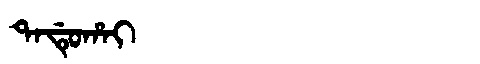
Manchu: ᡨᠠᡩᡠᡥᠠᡳ
Romanization: TADUHAI